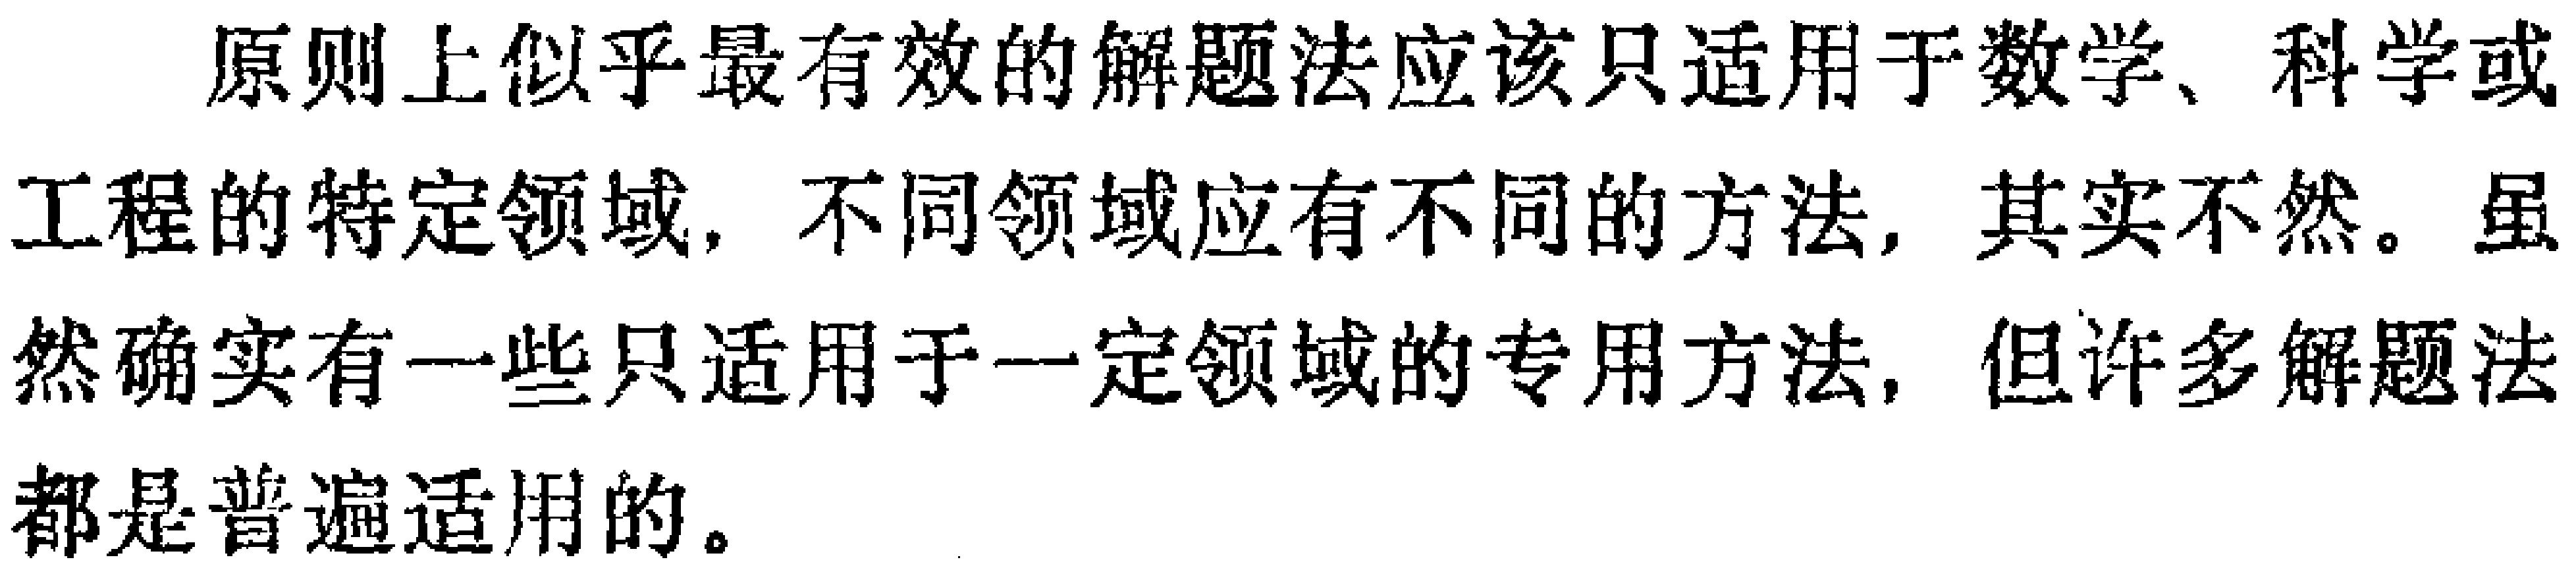
原则上似乎最有效的解题法应该只适用于数学、科学或工程的特定领域，不同领域应有不同的方法，其实不然。虽然确实有一些只适用于一定领域的专用方法，但许多解题法都是普遍适用的。